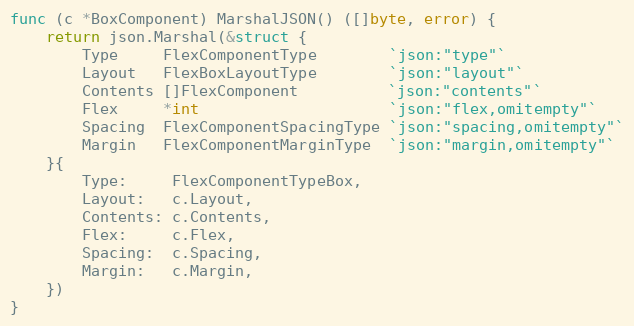
Language: Go
func (c *BoxComponent) MarshalJSON() ([]byte, error) {
	return json.Marshal(&struct {
		Type     FlexComponentType        `json:"type"`
		Layout   FlexBoxLayoutType        `json:"layout"`
		Contents []FlexComponent          `json:"contents"`
		Flex     *int                     `json:"flex,omitempty"`
		Spacing  FlexComponentSpacingType `json:"spacing,omitempty"`
		Margin   FlexComponentMarginType  `json:"margin,omitempty"`
	}{
		Type:     FlexComponentTypeBox,
		Layout:   c.Layout,
		Contents: c.Contents,
		Flex:     c.Flex,
		Spacing:  c.Spacing,
		Margin:   c.Margin,
	})
}